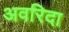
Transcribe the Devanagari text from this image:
अवरिदा